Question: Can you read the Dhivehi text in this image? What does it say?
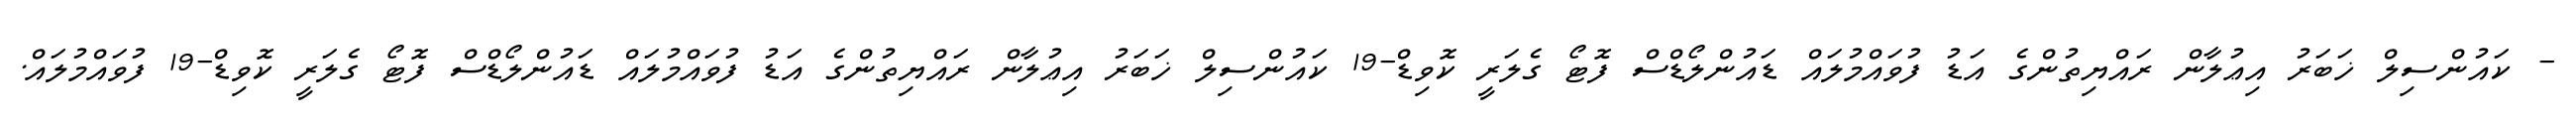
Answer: - ކައުންސިލް ޚަބަރު އިޢުލާން ރައްޔިތުންގެ އަޑު ފުވައްމުލައް ޑައުންލޯޑްސް ފޮޓޯ ގެލަރީ ކޮވިޑް-19 ކައުންސިލް ޚަބަރު އިޢުލާން ރައްޔިތުންގެ އަޑު ފުވައްމުލައް ޑައުންލޯޑްސް ފޮޓޯ ގެލަރީ ކޮވިޑް-19 ފުވައްމުލައް.